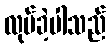
လုပ်ခဲ့ပါသည်